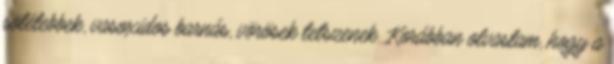
sötétebbek, vasoxidos barnás, vörösek tetszenek. Korábban olvastam, hogy a